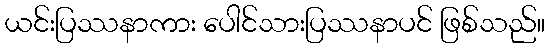
ယင်းပြဿနာကား ပေါင်သားပြဿနာပင် ဖြစ်သည်။